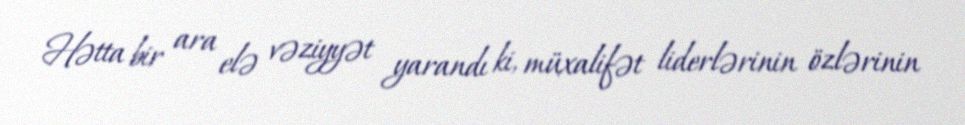
Hətta bir ara elə vəziyyət yarandı ki, müxalifət liderlərinin özlərinin